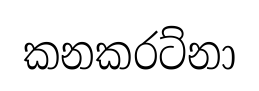
කනකරට්නා